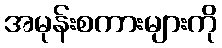
အမုန်းစကားများကို